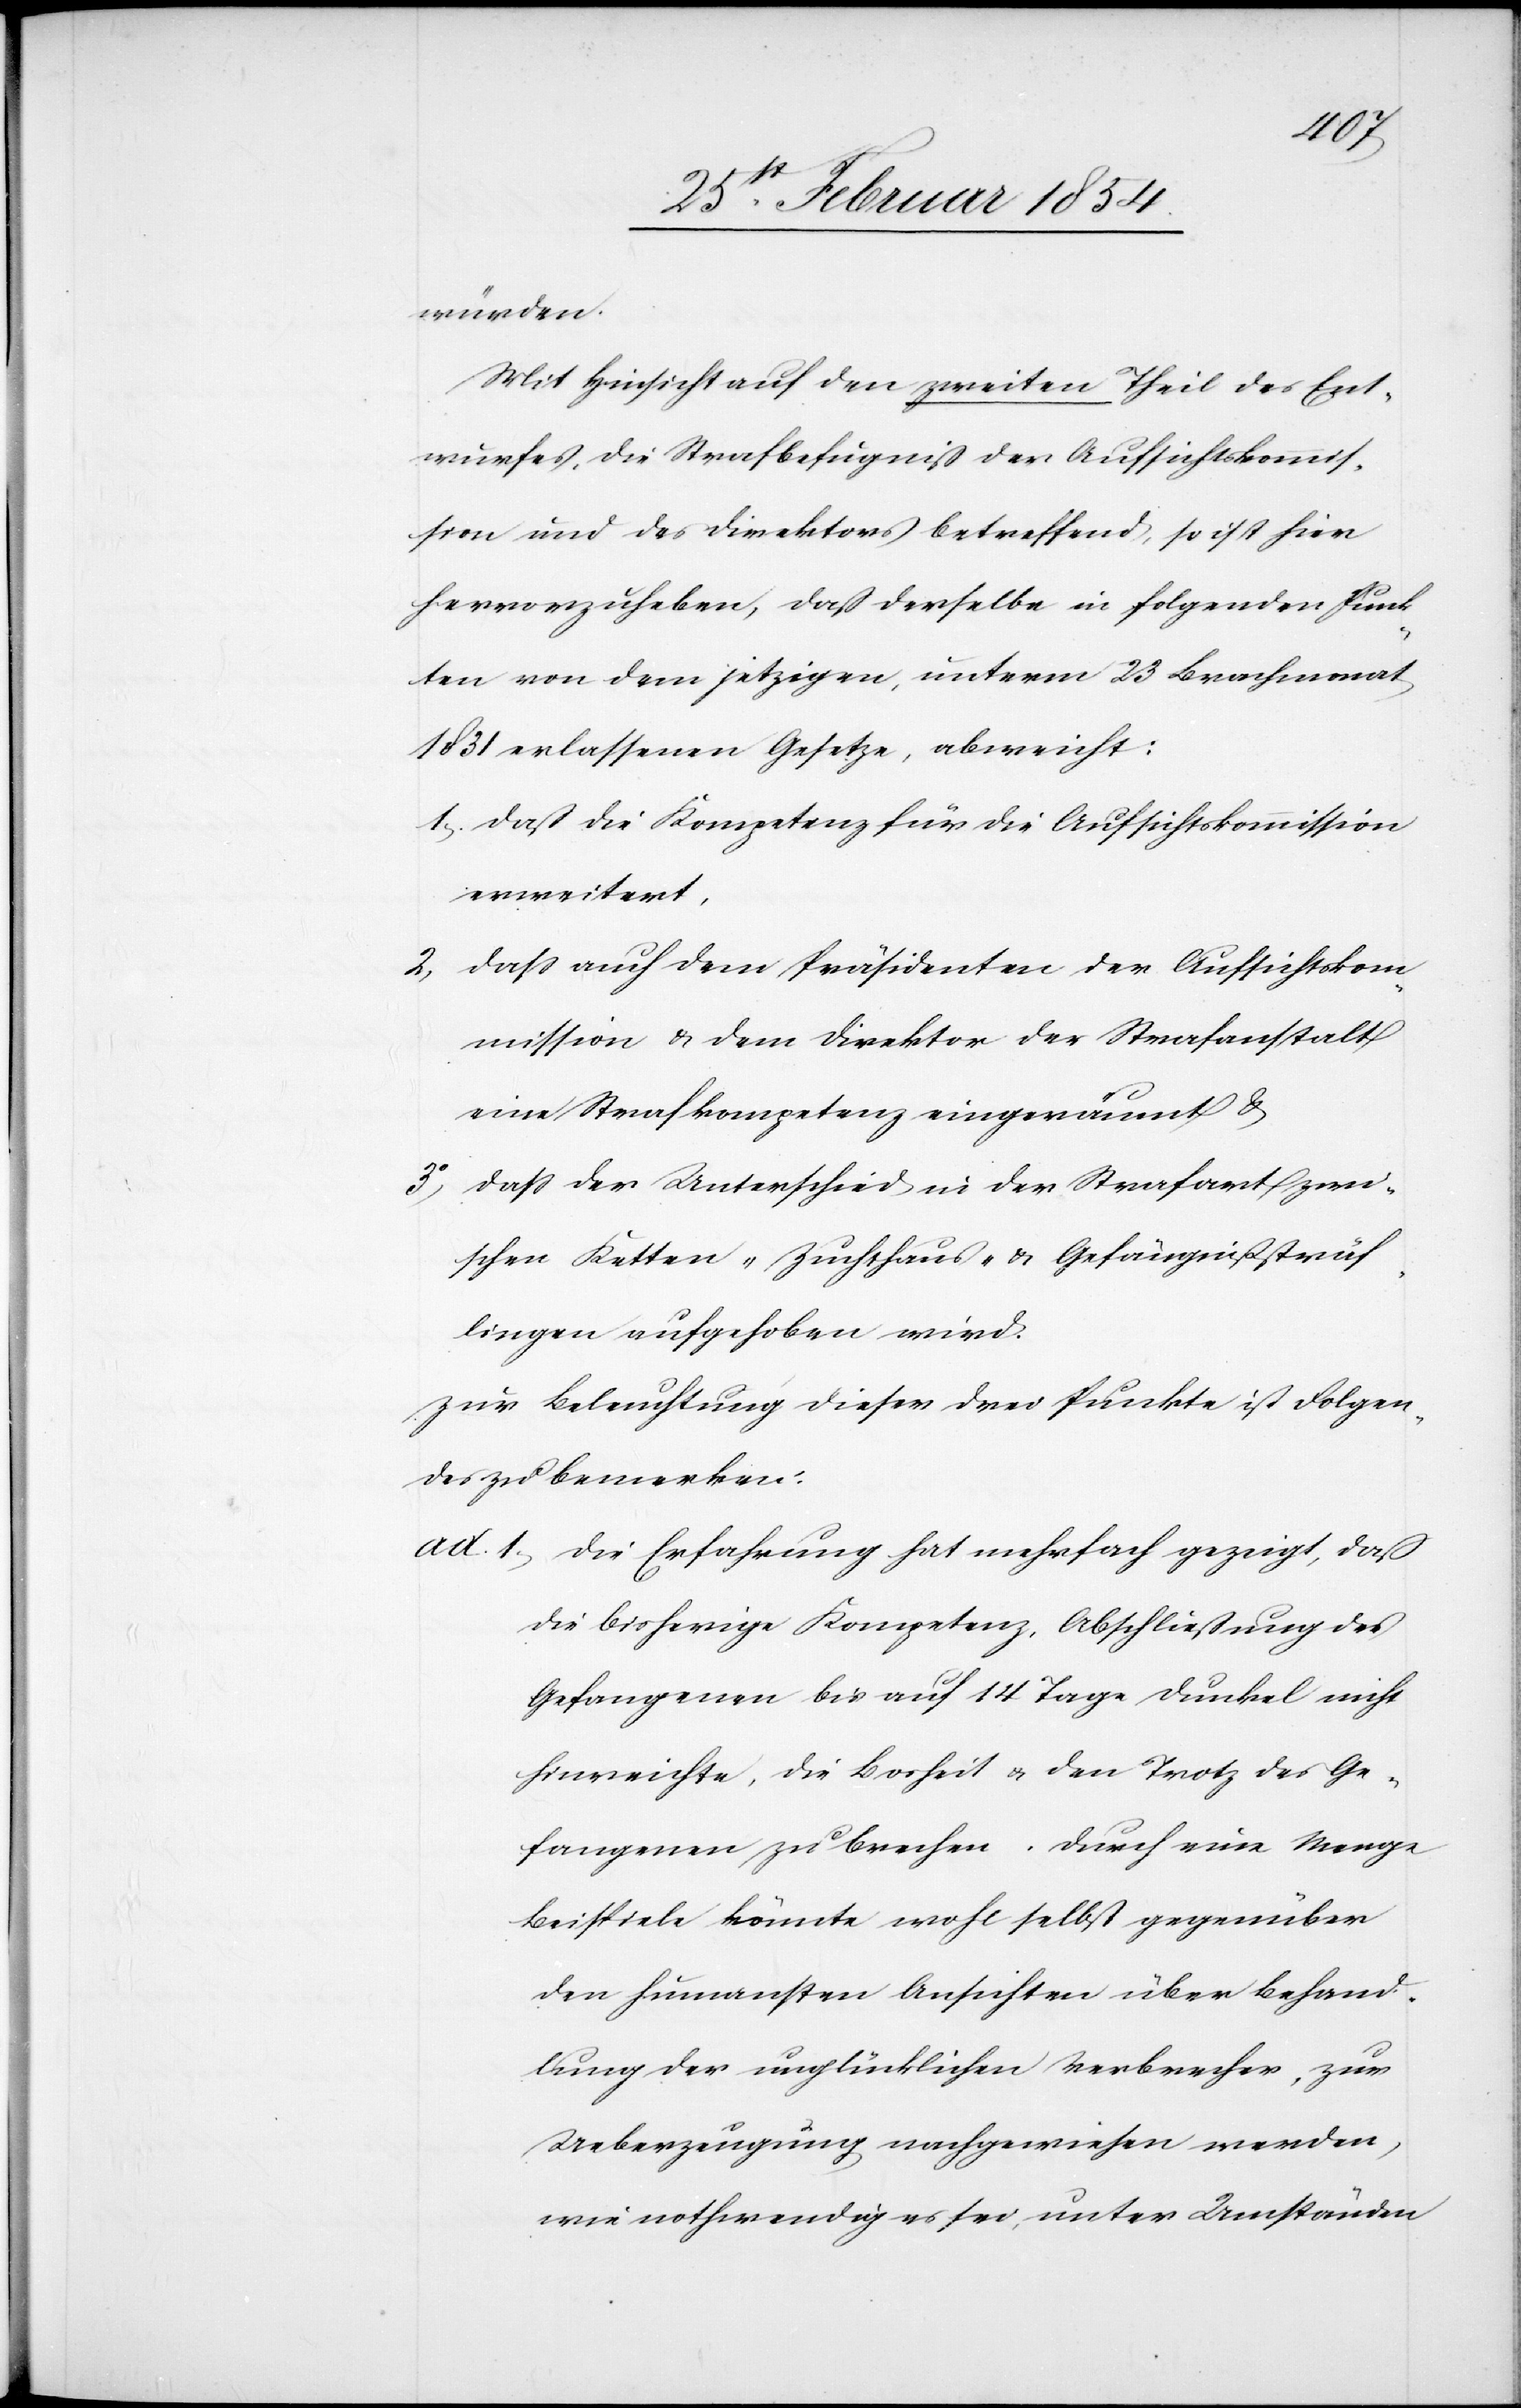
würden.
Mit Hinsicht auf den zweiten Theil des Ent¬
wurfes, die Strafbefugniß der Aufsichtskommis¬
sion und des Direktors betreffend, so ist hier
hervorzuheben, daß derselbe in folgenden Punk¬
ten von dem jetzigen, unterm 23 Brachmonat
1831 erlassenen Gesetze, abweicht:
1; daß die Kompetenz für die Aufsichtskommission
erweitert,
2, daß auch dem Präsidenten der Aufsichtskom¬
mission & dem Direktor der Strafanstalt
eine Strafkompetenz eingeräumt &
3o da der Unterschied in der Strafart zwi¬
schen Ketten-[,] Zuchthaus- & Gefängnißsträf¬
lingen aufgehoben wird.
Zur Beleuchtung dieser drei Punkte ist Folgen¬
des zu bemerkten:
ad. 1, Die Erfahrung hat mehrfach gezeigt, daß
die bisherige Kompetenz, Abschließung des
Gefangenen bis auf 14 Tage dunkel nicht
hinreichte, die Bosheit u. den Trotz des Ge¬
fangenen zu brechen. durch eine Menge
Beispiele könnte wohl selbst gegenüber
den humansten Ansichten über Behand¬
lung der unglücklichen Verbrecher, zur
Ueberzeugung nachgewiesen werden,
wie nothwendig es sei, unter Umständen